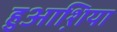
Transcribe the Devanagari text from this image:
हुआश़िया